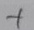
Text: +